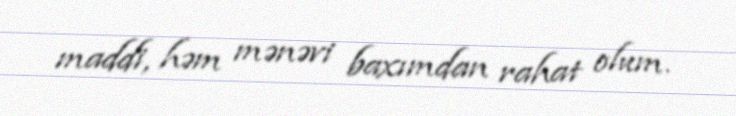
maddi, həm mənəvi baxımdan rahat olum.